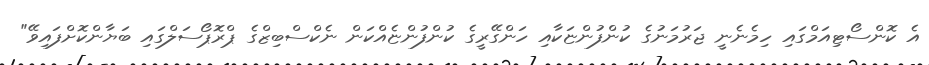
އެ ކޮންސޯޓިއަމްގައި ހިމެނެނީ ޖަރުމަނުގެ ކުންފުންޏަކާއި ހަންގޭރީގެ ކުންފުންޏެއްކަން ނެކްސްބިޒްގެ ޕްރޮޕޯސަލްގައި ބަޔާންކޮށްފައިވޭ"